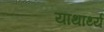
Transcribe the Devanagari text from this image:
याथार्थ्य